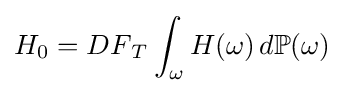
H_{0}={DF}_{T}\int _{\omega }H(\omega )\,d\mathbb {P} (\omega )